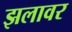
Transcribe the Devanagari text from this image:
झलावर